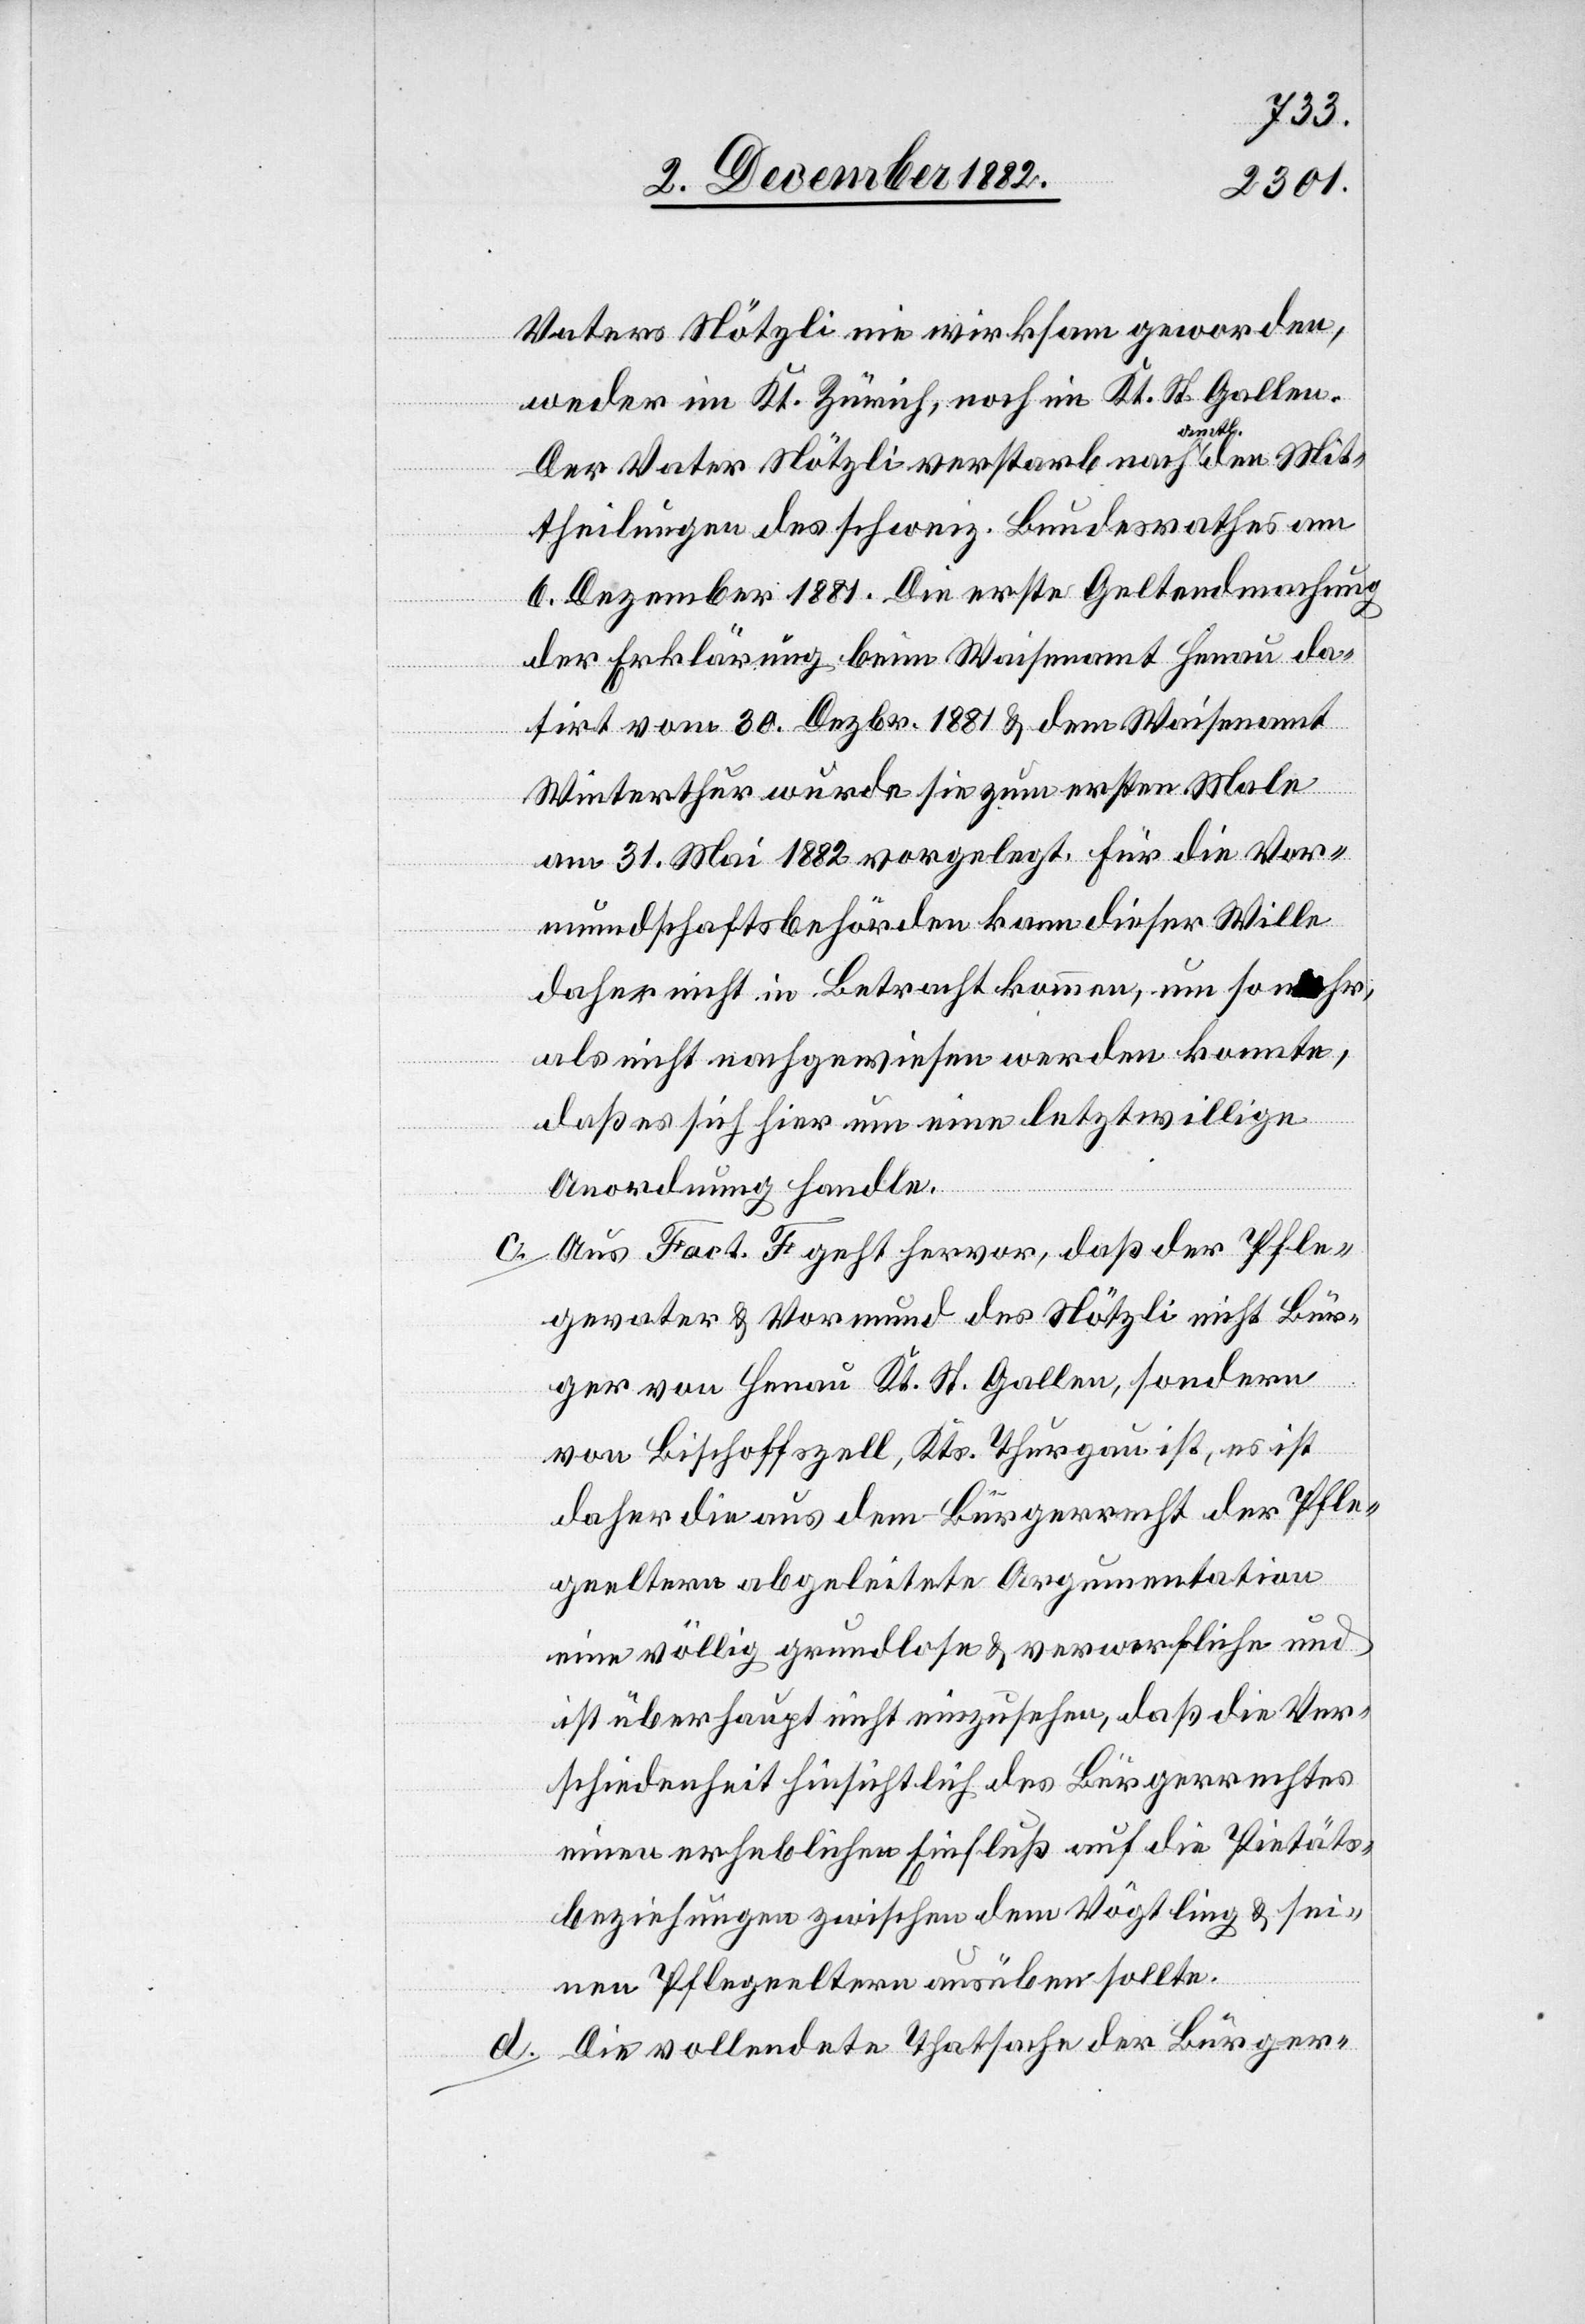
Vaters Nötzli nie wirksam geworden,
weder im Kt. Zürich, noch im Kt. St. Gallen.
Der Vater Nötzli verstarb nach amtl.
theilungen des schweiz. Bundesrathes am
6. Dezember 1881. Die erste Geltendmachung
der Erklärung beim Waisenamt Henau da¬
tirt vom 30. Dezbr. 1881 & dem Waisenamt
Mit¬
Winterthur wurde sie zum ersten Male
am 31. Mai 1882 vorgelegt. Für die Vor¬
mundschaftsbehörden kann dieser Wille
daher nicht in Betracht kommen, um so eher,
als nicht nachgewiesen werden konnte,
daß es sich hier um eine letztwillige
Anordnung handle.
c. Aus Fact. F. geht hervor, daß der Pfle¬
gevater & Vormund des Nötzli nicht Bür¬
ger von Henau Kt. St. Gallen, sondern
von Bischoffszell, Kts. Thurgau ist, es ist
daher die aus dem Bürgerrecht der Pfle¬
geeltern abgeleitete Argumentation
eine völlig grundlose & verwerfliche und
ist überhaupt nicht einzusehen, daß die Ver¬
schiedenheit hinsichtlich des Bürgerrechtes
einen erheblichen Einfluß auf die Pietäts¬
beziehungen zwischen dem Vögtling & sei¬
nen Pflegeeltern ausüben sollte.
d. Die vollendete Thatsache der Bürger-